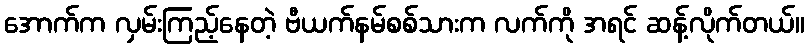
အောက်က လှမ်းကြည့်နေတဲ့ ဗီယက်နမ်စစ်သားက လက်ကို အရင် ဆန့်လိုက်တယ်။